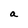
Character: a